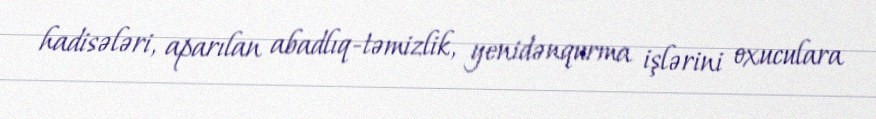
hadisələri, aparılan abadlıq-təmizlik, yenidənqurma işlərini oxuculara